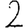
Digit: 2